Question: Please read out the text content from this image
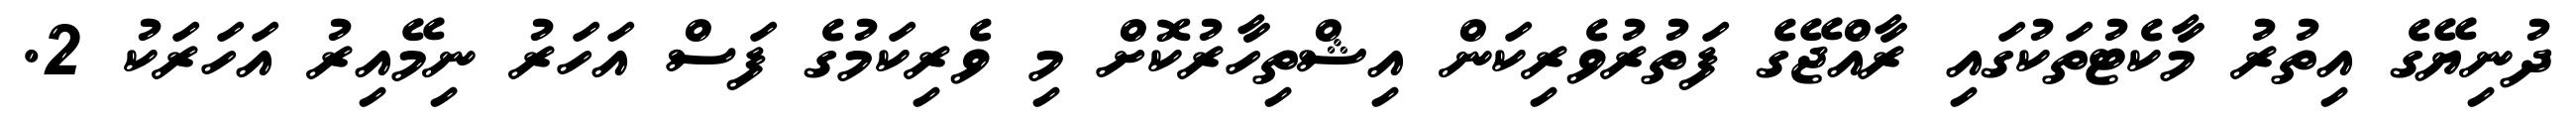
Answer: ދުނިޔޭގެ އިތުރު މާކެޓުތަކުގައި ރާއްޖޭގެ ފަތުރުވެރިކަން އިޝްތިހާރުކޮށް މި ވެރިކަމުގެ ފަސް އަހަރު ނިމޭއިރު އަހަރަކު 2.